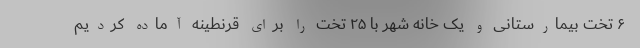
۶ تخت بیمارستانی و یک خانه شهر با ۲۵ تخت را برای قرنطینه آماده کردیم